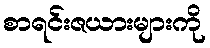
စာရင်းဇယားများကို